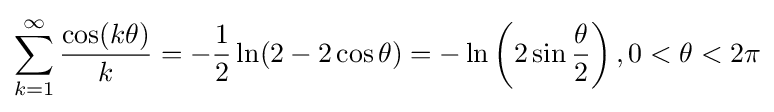
\sum _{k=1}^{\infty }{\frac {\cos(k\theta )}{k}}=-{\frac {1}{2}}\ln(2-2\cos \theta )=-\ln \left(2\sin {\frac {\theta }{2}}\right),0<\theta <2\pi